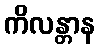
ကိလန္တာန